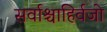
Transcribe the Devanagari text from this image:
सर्वाश्चाहिर्वजो